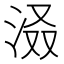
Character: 𪵽